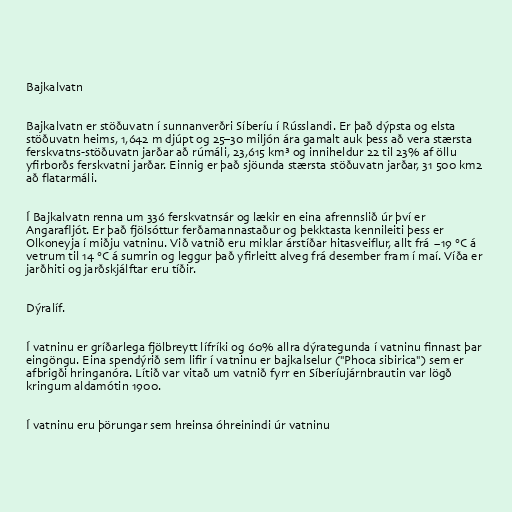
Bajkalvatn

Bajkalvatn er stöðuvatn í sunnanverðri Síberíu í Rússlandi. Er það dýpsta og elsta
stöðuvatn heims, 1,642 m djúpt og 25–30 miljón ára gamalt auk þess að vera stærsta
ferskvatns-stöðuvatn jarðar að rúmáli, 23,615 km³ og inniheldur 22 til 23% af öllu
yfirborðs ferskvatni jarðar. Einnig er það sjöunda stærsta stöðuvatn jarðar, 31 500 km2
að flatarmáli.

Í Bajkalvatn renna um 336 ferskvatnsár og lækir en eina afrennslið úr því er
Angarafljót. Er það fjölsóttur ferðamannastaður og þekktasta kennileiti þess er
Olkoneyja í miðju vatninu. Við vatnið eru miklar árstíðar hitasveiflur, allt frá −19 °C á
vetrum til 14 °C á sumrin og leggur það yfirleitt alveg frá desember fram í maí. Víða er
jarðhiti og jarðskjálftar eru tíðir.

Dýralíf.

Í vatninu er gríðarlega fjölbreytt lífríki og 60% allra dýrategunda í vatninu finnast þar
eingöngu. Eina spendýrið sem lifir í vatninu er bajkalselur ("Phoca sibirica") sem er
afbrigði hringanóra. Lítið var vitað um vatnið fyrr en Síberíujárnbrautin var lögð
kringum aldamótin 1900.

Í vatninu eru þörungar sem hreinsa óhreinindi úr vatninu